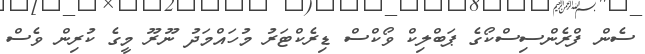
ސެން ފްރެންސިސްކޯގެ ޕަބްލިކް ވޯކްސް ޑިރެކްޓަރު މުހައްމަދު ނޫރޫ މީގެ ކުރިން ވެސް